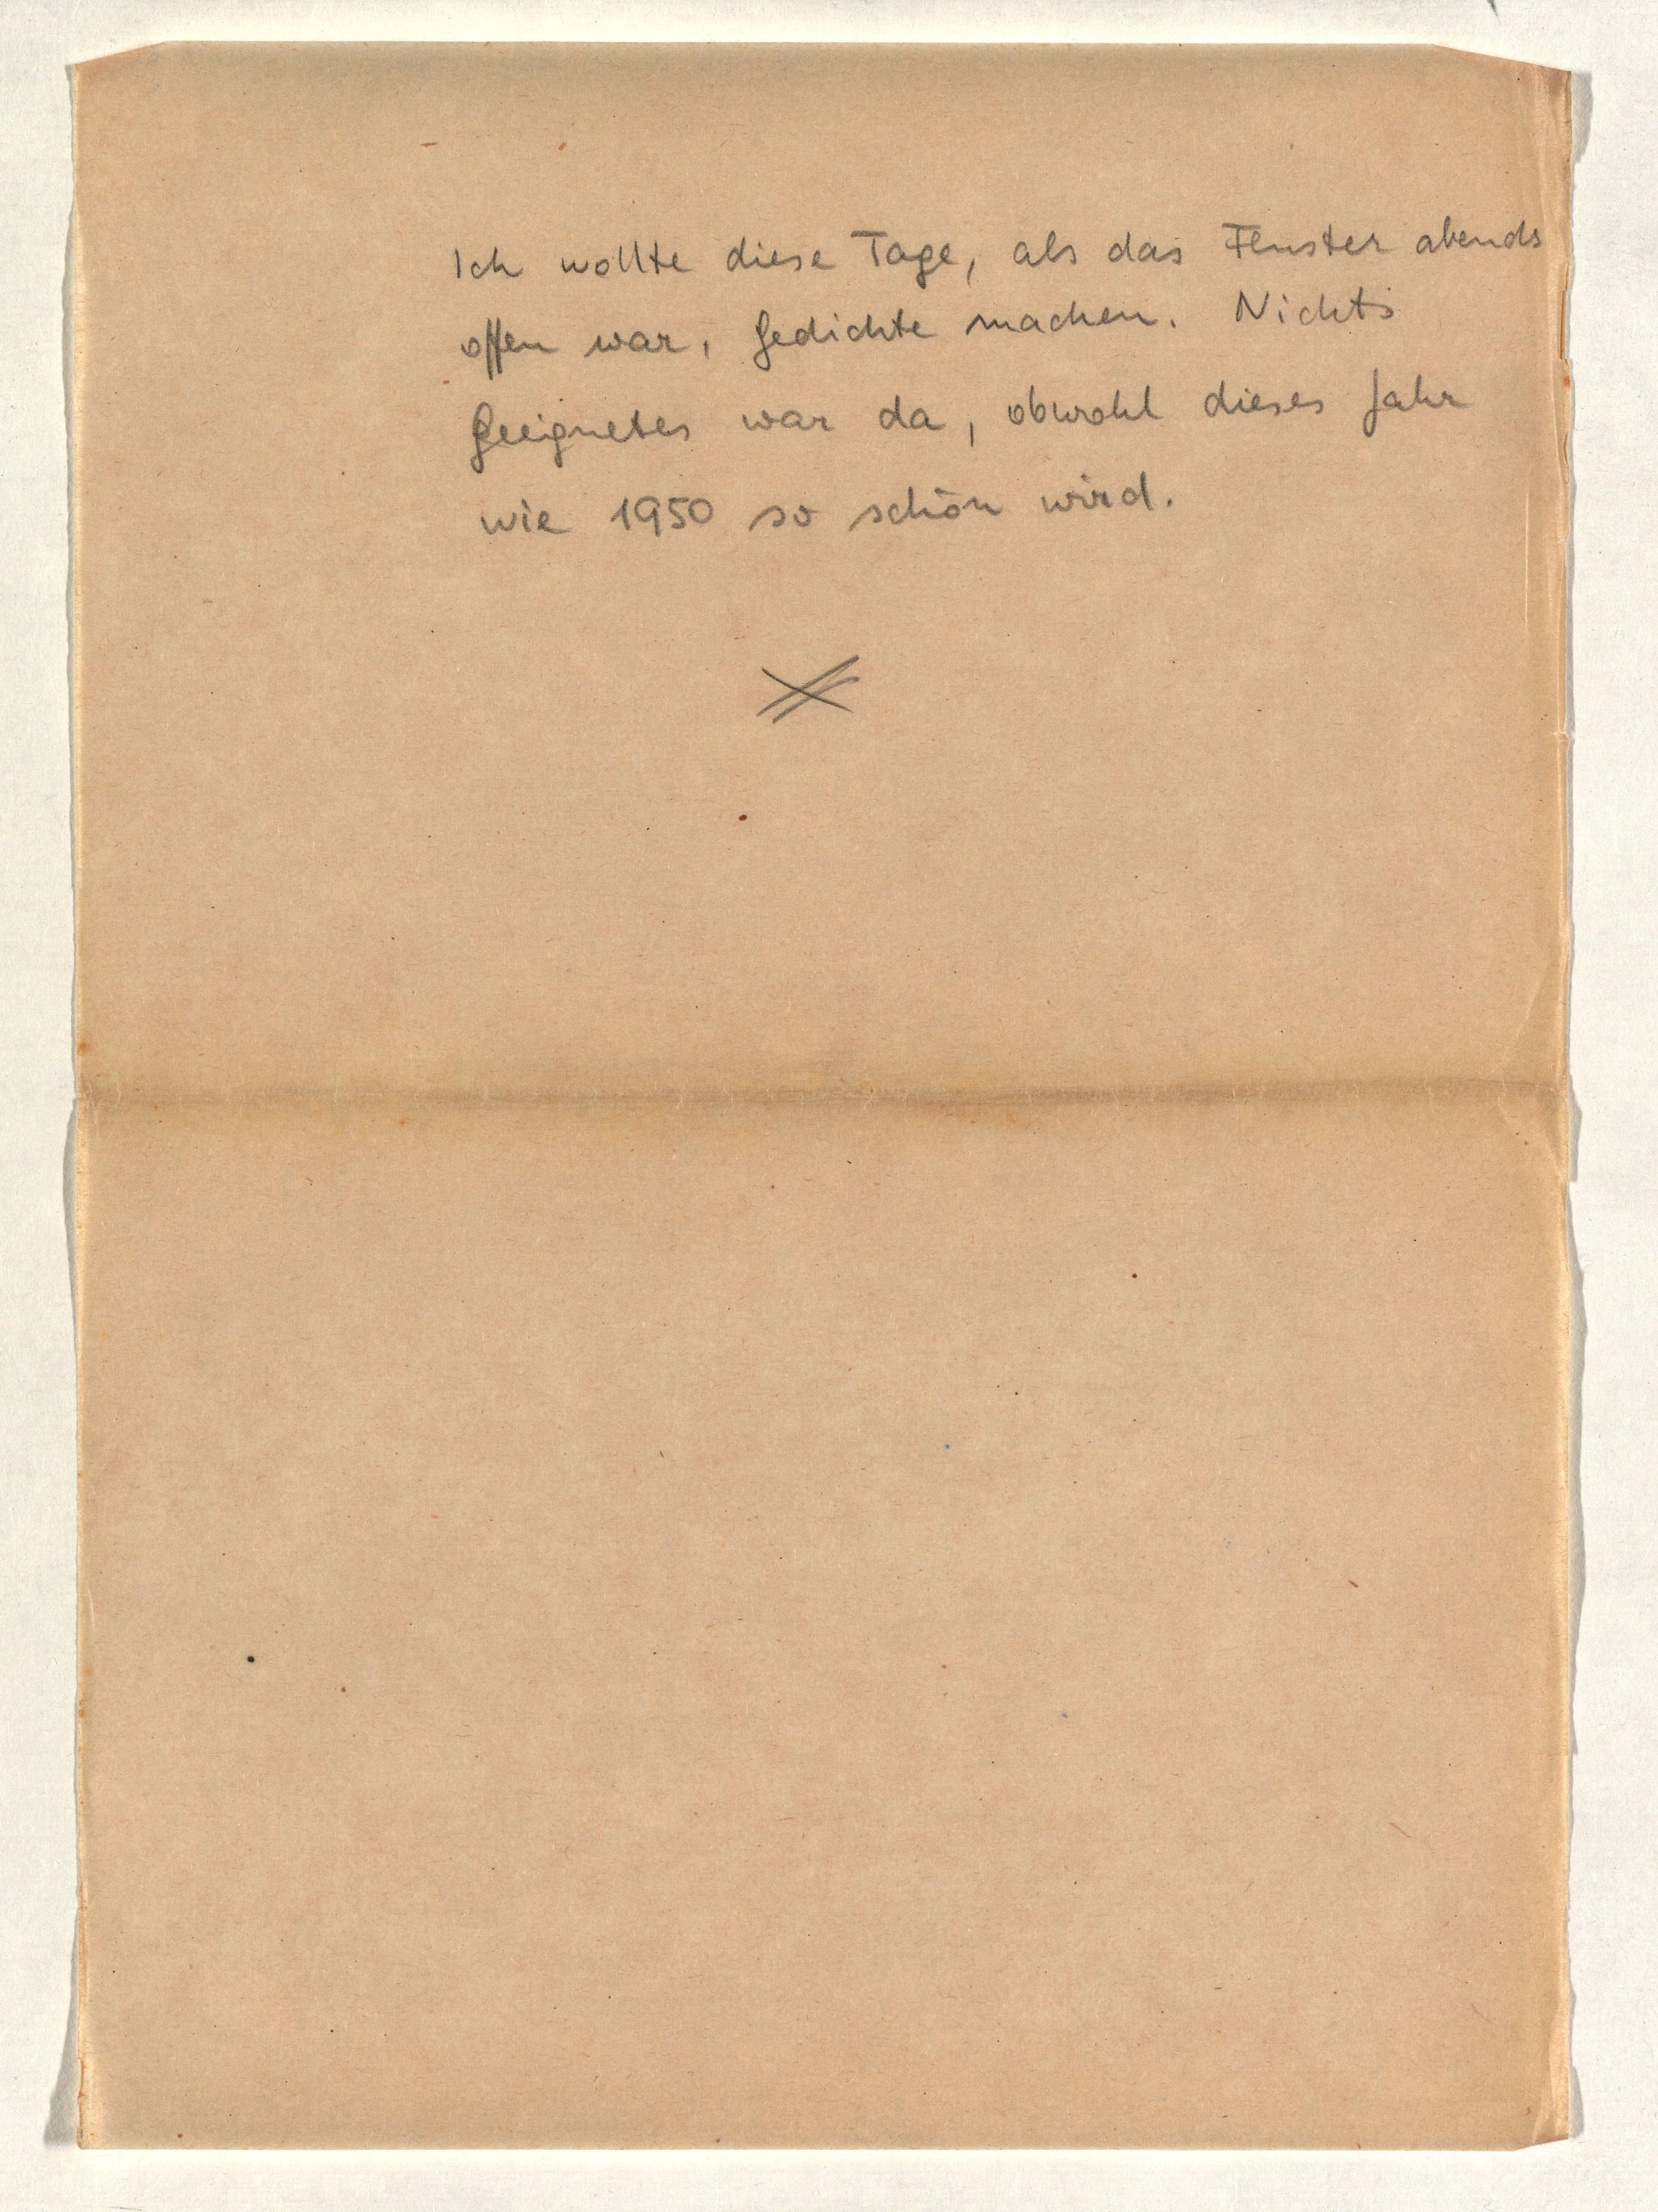
Ich wollte diese Tage, als das Fenster abends
offen war, Gedichte machen. Nichts
Geeignetes war da, obwohl dieses Jahr
wie 1950 so schön wird.